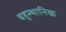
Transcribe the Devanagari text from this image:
बहुस्थानिक